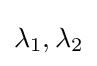
\lambda _{1},\lambda _{2}